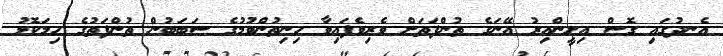
އެނދުގައި ގޮސް އިށީންއިރު އޭނަގެ ތުންފަތަށް ވެރިވެފައިވާ ހިނިތުންވުމުގެ ސަބަބުން ތުންފަތުގެ ހިމަކޮޅު